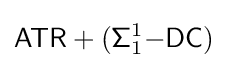
{\mathsf {ATR}}+({\mathsf {\Sigma }}_{1}^{1}{\mathsf {-DC}})